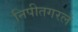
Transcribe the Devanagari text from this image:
निपीतगरलं